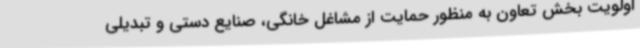
اولویت بخش تعاون به منظور حمایت از مشاغل خانگی، صنایع دستی و تبدیلی